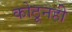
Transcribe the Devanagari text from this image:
कोठूनही